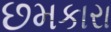
છમકારા